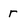
Character: r